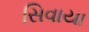
સિવાયા